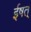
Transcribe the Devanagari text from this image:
ईषत्‌